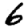
Digit: 6